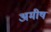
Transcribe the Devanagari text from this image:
अमीष